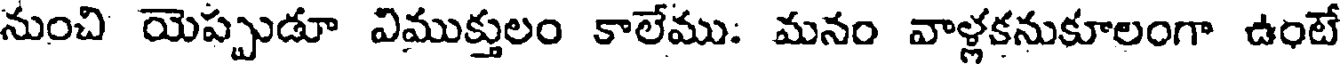
నుంచి యెప్పుడూ విముక్తులం కాలేము: మనం వాళ్లకనుకూలంగా ఉంటే